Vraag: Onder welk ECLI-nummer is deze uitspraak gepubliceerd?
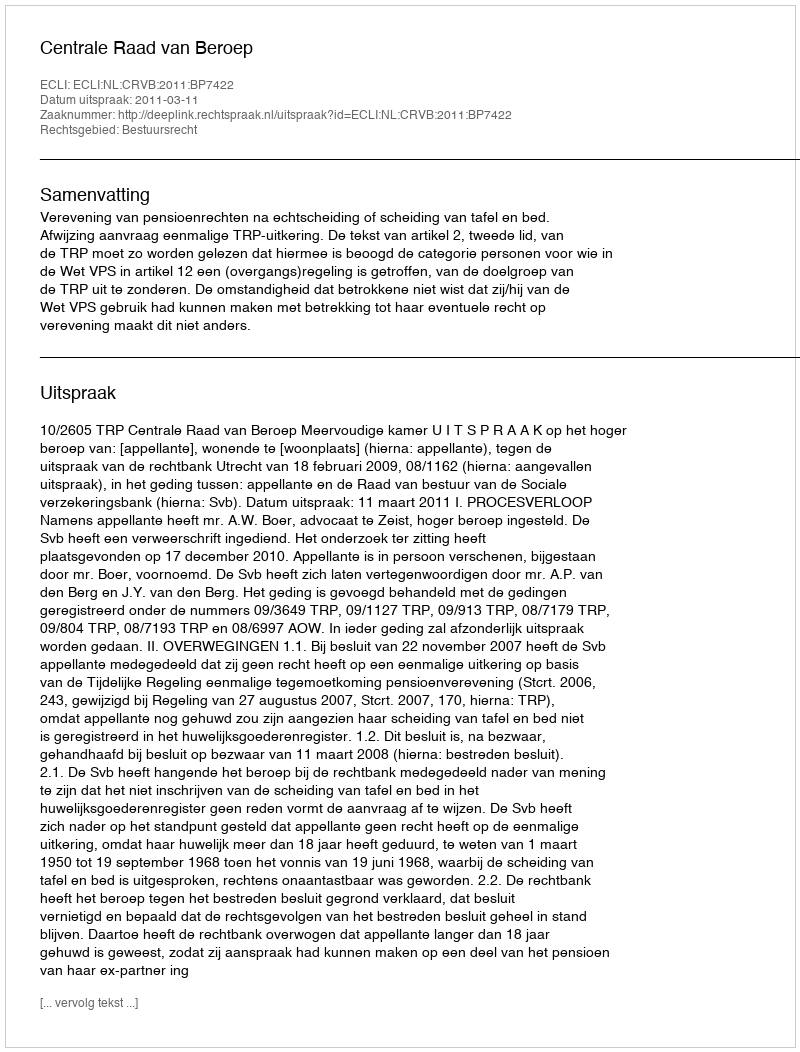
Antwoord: ECLI:NL:CRVB:2011:BP7422